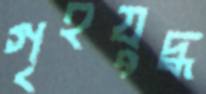
গৃহযুদ্ধ